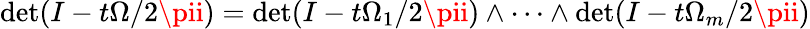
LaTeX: \operatorname*{d\mathrm{e}t}(I-t\Omega/2\pii)=\operatorname*{d\mathrm{e}t}(I-t\Omega_{1}/2\pii)\wedge\dots\wedge\operatorname*{d\mathrm{e}t}(I-t\Omega_{m}/2\pii)